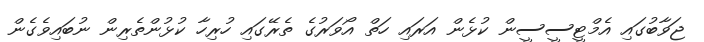
ޖަވާބުގައި އެމްޓީސީސީން ކުޅެން އަރައި ހަތް އޯވަރުގެ ތެރޭގައި ހުރިހާ ކުޅުންތެރިން ނުބައިވެގެން